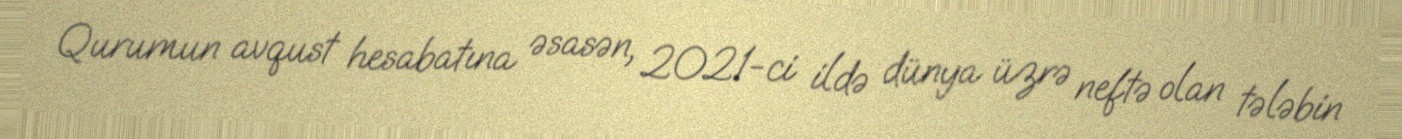
Qurumun avqust hesabatına əsasən, 2021-ci ildə dünya üzrə neftə olan tələbin